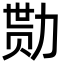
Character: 勚